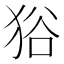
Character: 𤞞